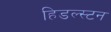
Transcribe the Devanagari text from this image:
हिडल्स्टन